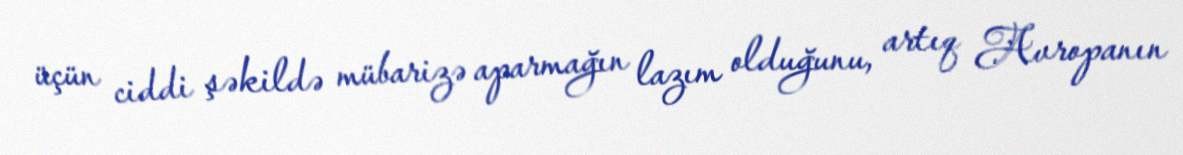
üçün ciddi şəkildə mübarizə aparmağın lazım olduğunu, artıq Avropanın